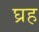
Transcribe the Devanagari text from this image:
घ्रह